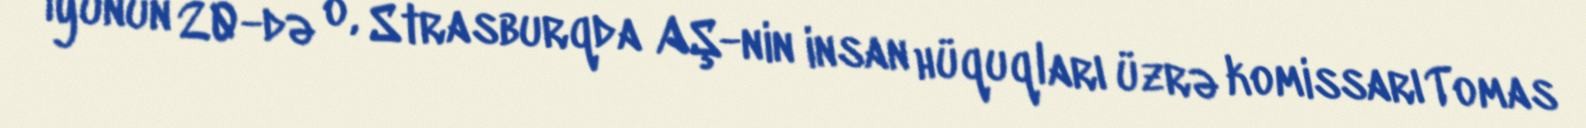
İyunun 20-də o, Strasburqda AŞ-nin insan hüquqları üzrə komissarı Tomas